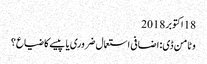
18 اکتوبر 2018
وٹامن ڈی: اضافی استعمال ضروری یا پیسے کا ضیاع؟